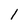
Character: 1